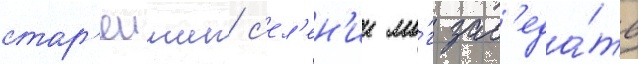
стар'еишин с'ел'ен'ии мо́г зас'еда́ть